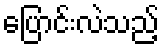
ပြောင်းလဲသည့်